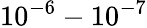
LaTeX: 10^{-6}-10^{-7}